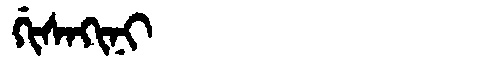
Manchu: ᡤᡳᠰᠠᡴᡳᠨᡳ
Romanization: GISAKINI